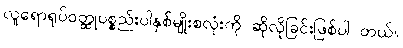
လူရောရုပ်ဝတ္ထုပစ္စည်းပါနှစ်မျိုးစလုံးကို ဆိုလိုခြင်းဖြစ်ပါ တယ်။